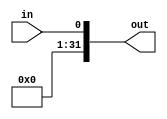
module SignExtend1(
    input wire in,
    output wire [31:0] out
);
    assign out = {{31{1'b0}}, in};
    

endmodule